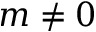
m \ne 0